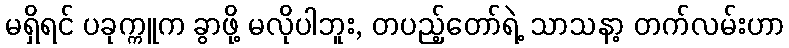
မရှိရင် ပခုက္ကူက ခွာဖို့ မလိုပါဘူး, တပည့်တော်ရဲ့ သာသနာ့ တက်လမ်းဟာ